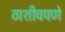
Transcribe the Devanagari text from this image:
ठाशीवपणे